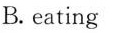
B. eating